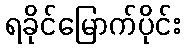
ရခိုင်မြောက်ပိုင်း